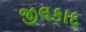
જીલકાદ